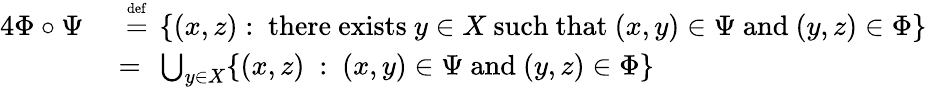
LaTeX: {\begin{array}{rl}{{4}\Phi\circ\Psi~}&{~{\stackrel{\scriptscriptstyle{\mathrm{def}}}{=}}~\left\{ (x,z):{\mathrm{~there~exists~}}y\in X{\mathrm{~such~that~}}(x,y)\in\Psi{\mathrm{~and~}}(y,z)\in\Phi\right\} }\\ &{=~\bigcup_{y\in X}\{ (x,z)~:~(x,y)\in\Psi{\mathrm{~and~}}(y,z)\in\Phi\} }\end{array}}